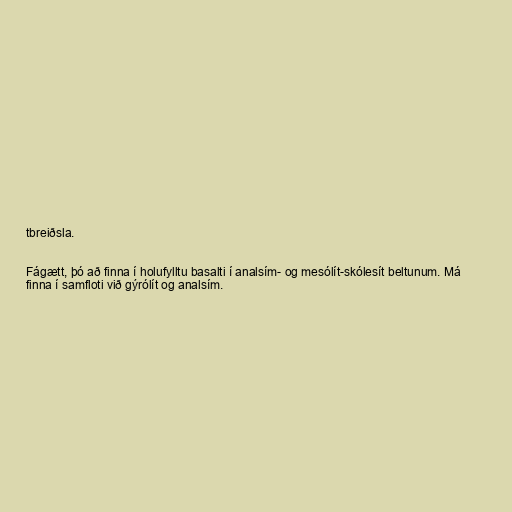
tbreiðsla.

Fágætt, þó að finna í holufylltu basalti í analsím- og mesólít-skólesít beltunum. Má
finna í samfloti við gýrólít og analsím.